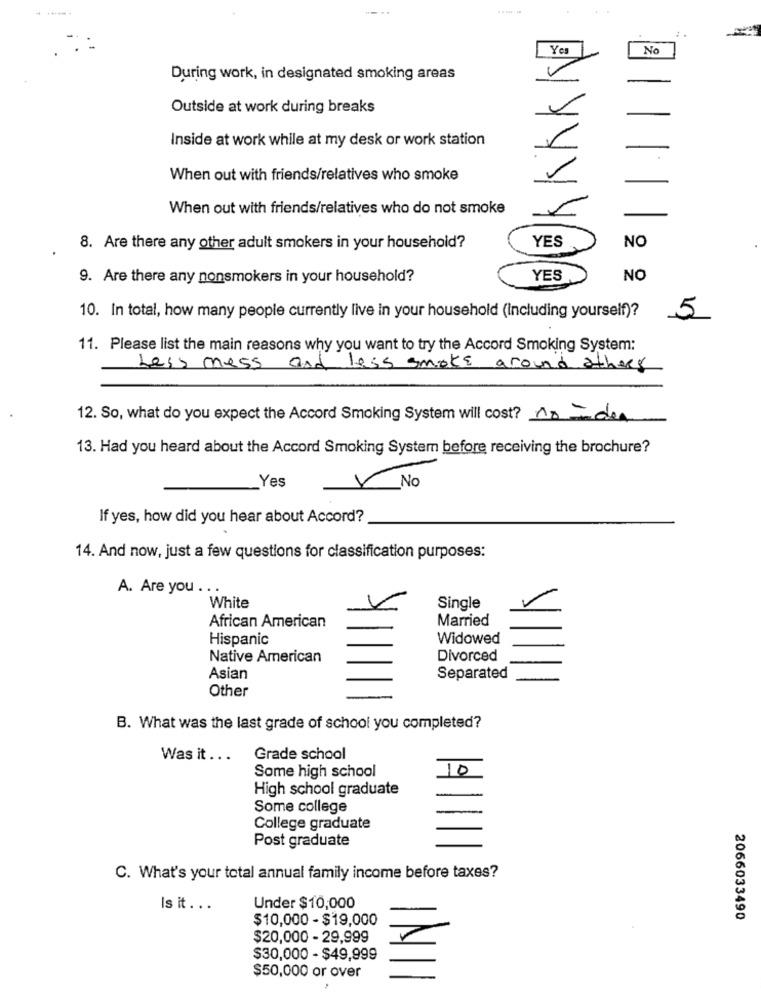
--- -
No
During work, in designated smoking areas
Outside at work during breaks
Inside at work while at my desk or work station
L
.
When out with friends/relatives who smoke
When out with friends/relatives who do not smoke
YES
8. Are there any other adult smokers in your household?
NO
9. Are there any nonsmokers in your household?
YES
NO
10. In total, how many people currently live in your household (including yourself)?
5
11. Please list the main reasons why you want to try the Accord Smoking System:
Less mess and less smoke around athers
12. So, what do you expect the Accord Smoking System will cost? no Idea
13. Had you heard about the Accord Smoking System before receiving the brochure?
Yes
Y No
If yes, how did you hear about Accord?
14. And now, just a few questions for classification purposes:
A. Are you .. .
White
Single
African American
Married
Hispanic
Widowed
Native American
Divorced
Asian
Separated
Other
B. What was the last grade of school you completed?
Was it ...
Grade school
Some high school
10
High school graduate
Some college
College graduate
Post graduate
C. What's your total annual family income before taxes?
Is it . ..
Under $10,000
$10,000 - $19,000
2066033490
$20,000 - 29,999
$30,000 - $49,999
$50,000 or over